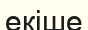
екіше